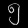
Digit: ၅